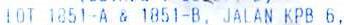
LOT 1851-A & 1851-B, JALAN KPB 6,